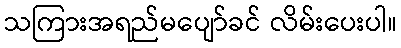
သကြားအရည်မပျော်ခင် လိမ်းပေးပါ။